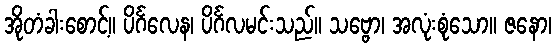
အိုတံခါးစောင့်။ ပိင်္ဂလေန၊ ပိင်္ဂလမင်းသည်။ သဗ္ဗော၊ အလုံးစုံသော။ ဇနော၊